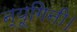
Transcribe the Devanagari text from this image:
न्यूगिनी।